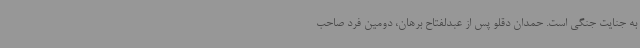
به جنایت جنگی است. حمدان دقلو پس از عبدلفتاح برهان، دومین فرد صاحب